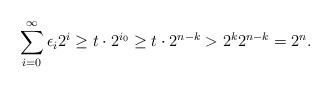
LaTeX: \begin{align*}\sum_{i=0}^{\infty}\epsilon_i2^i\geq t\cdot2^{i_0}\geq t\cdot2^{n-k}>2^k2^{n-k}=2^n.\end{align*}